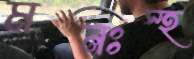
মনঃস্হ